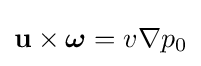
\mathbf {u} \times {\boldsymbol {\omega }}=v\nabla p_{0}